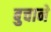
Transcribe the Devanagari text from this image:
बुचाने